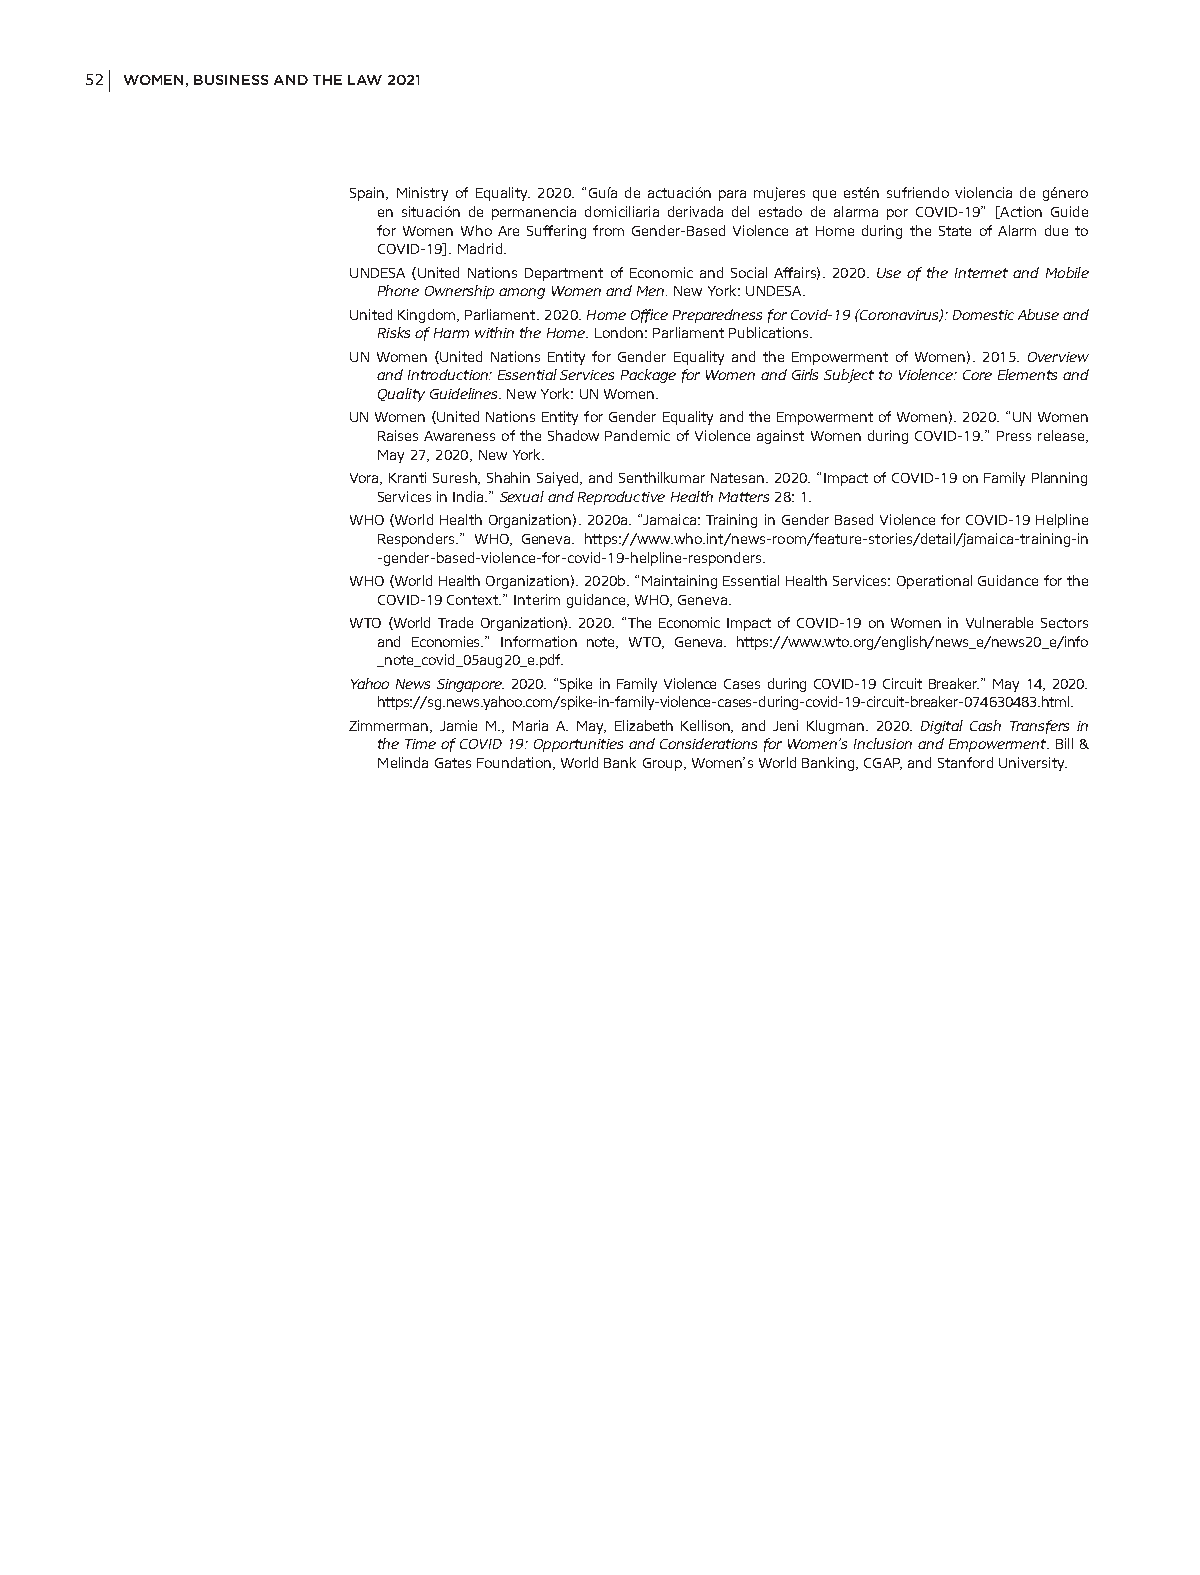
52 WOMEN, BUSINESS AND THE LAW 2021
 Spain, Ministry of Equality. 2020. “Guía de actuación para mujeres que estén sufriendo violencia de género
 en situación de permanencia domiciliaria derivada del estado de alarma por COVID-19” [Action Guide
 for Women Who Are Suffering from Gender-Based Violence at Home during the State of Alarm due to
 COVID-19]. Madrid.
 UNDESA (United Nations Department of Economic and Social Affairs). 2020. Use of the Internet and Mobile
 Phone Ownership among Women and Men. New York: UNDESA.
 United Kingdom, Parliament. 2020. Home Office Preparedness for Covid-19 (Coronavirus): Domestic Abuse and
 Risks of Harm within the Home. London: Parliament Publications.
 UN Women (United Nations Entity for Gender Equality and the Empowerment of Women). 2015. Overview
 and Introduction: Essential Services Package for Women and Girls Subject to Violence: Core Elements and
 Quality Guidelines. New York: UN Women.
 UN Women (United Nations Entity for Gender Equality and the Empowerment of Women). 2020. “UN Women
 Raises Awareness of the Shadow Pandemic of Violence against Women during COVID-19.” Press release,
 May 27, 2020, New York.
 Vora, Kranti Suresh, Shahin Saiyed, and Senthilkumar Natesan. 2020. “Impact of COVID-19 on Family Planning
 Services in India.” Sexual and Reproductive Health Matters 28: 1.
 WHO (World Health Organization). 2020a. “Jamaica: Training in Gender Based Violence for COVID-19 Helpline
 Responders.” WHO, Geneva. https://www.who.int/news-room/feature-stories/detail/jamaica- training-in
 -gender-based-violence-for-covid-19-helpline-responders.
 WHO (World Health Organization). 2020b. “Maintaining Essential Health Services: Operational Guidance for the
 COVID-19 Context.” Interim guidance, WHO, Geneva.
 WTO (World Trade Organization). 2020. “The Economic Impact of COVID-19 on Women in Vulnerable Sectors
 and Economies.” Information note, WTO, Geneva. https://www.wto.org/english/news_e/news20_e/info
 _note_covid_05aug20_e.pdf.
 Yahoo News Singapore. 2020. “Spike in Family Violence Cases during COVID-19 Circuit Breaker.” May 14, 2020.
 https://sg.news.yahoo.com/spike-in-family-violence-cases-during-covid-19-circuit-breaker-074630483.html.
 Zimmerman, Jamie M., Maria A. May, Elizabeth Kellison, and Jeni Klugman. 2020. Digital Cash Transfers in
 the Time of COVID 19: Opportunities and Considerations for Women’s Inclusion and Empowerment. Bill &
 Melinda Gates Foundation, World Bank Group, Women’s World Banking, CGAP, and Stanford University.